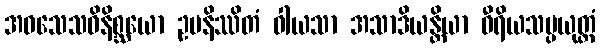
အဝသေသဝိနိစ္ဆယော ဥပနိဿိတံ ဝါယသာ အသာဒိယန္တိယာ ဝီရိယသမ္ပယုတ္တံ